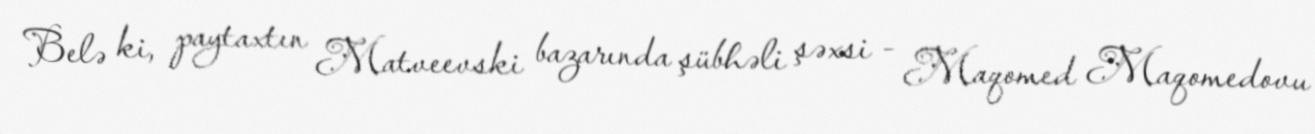
Belə ki, paytaxtın Matveevski bazarında şübhəli şəxsi - Maqomed Maqomedovu